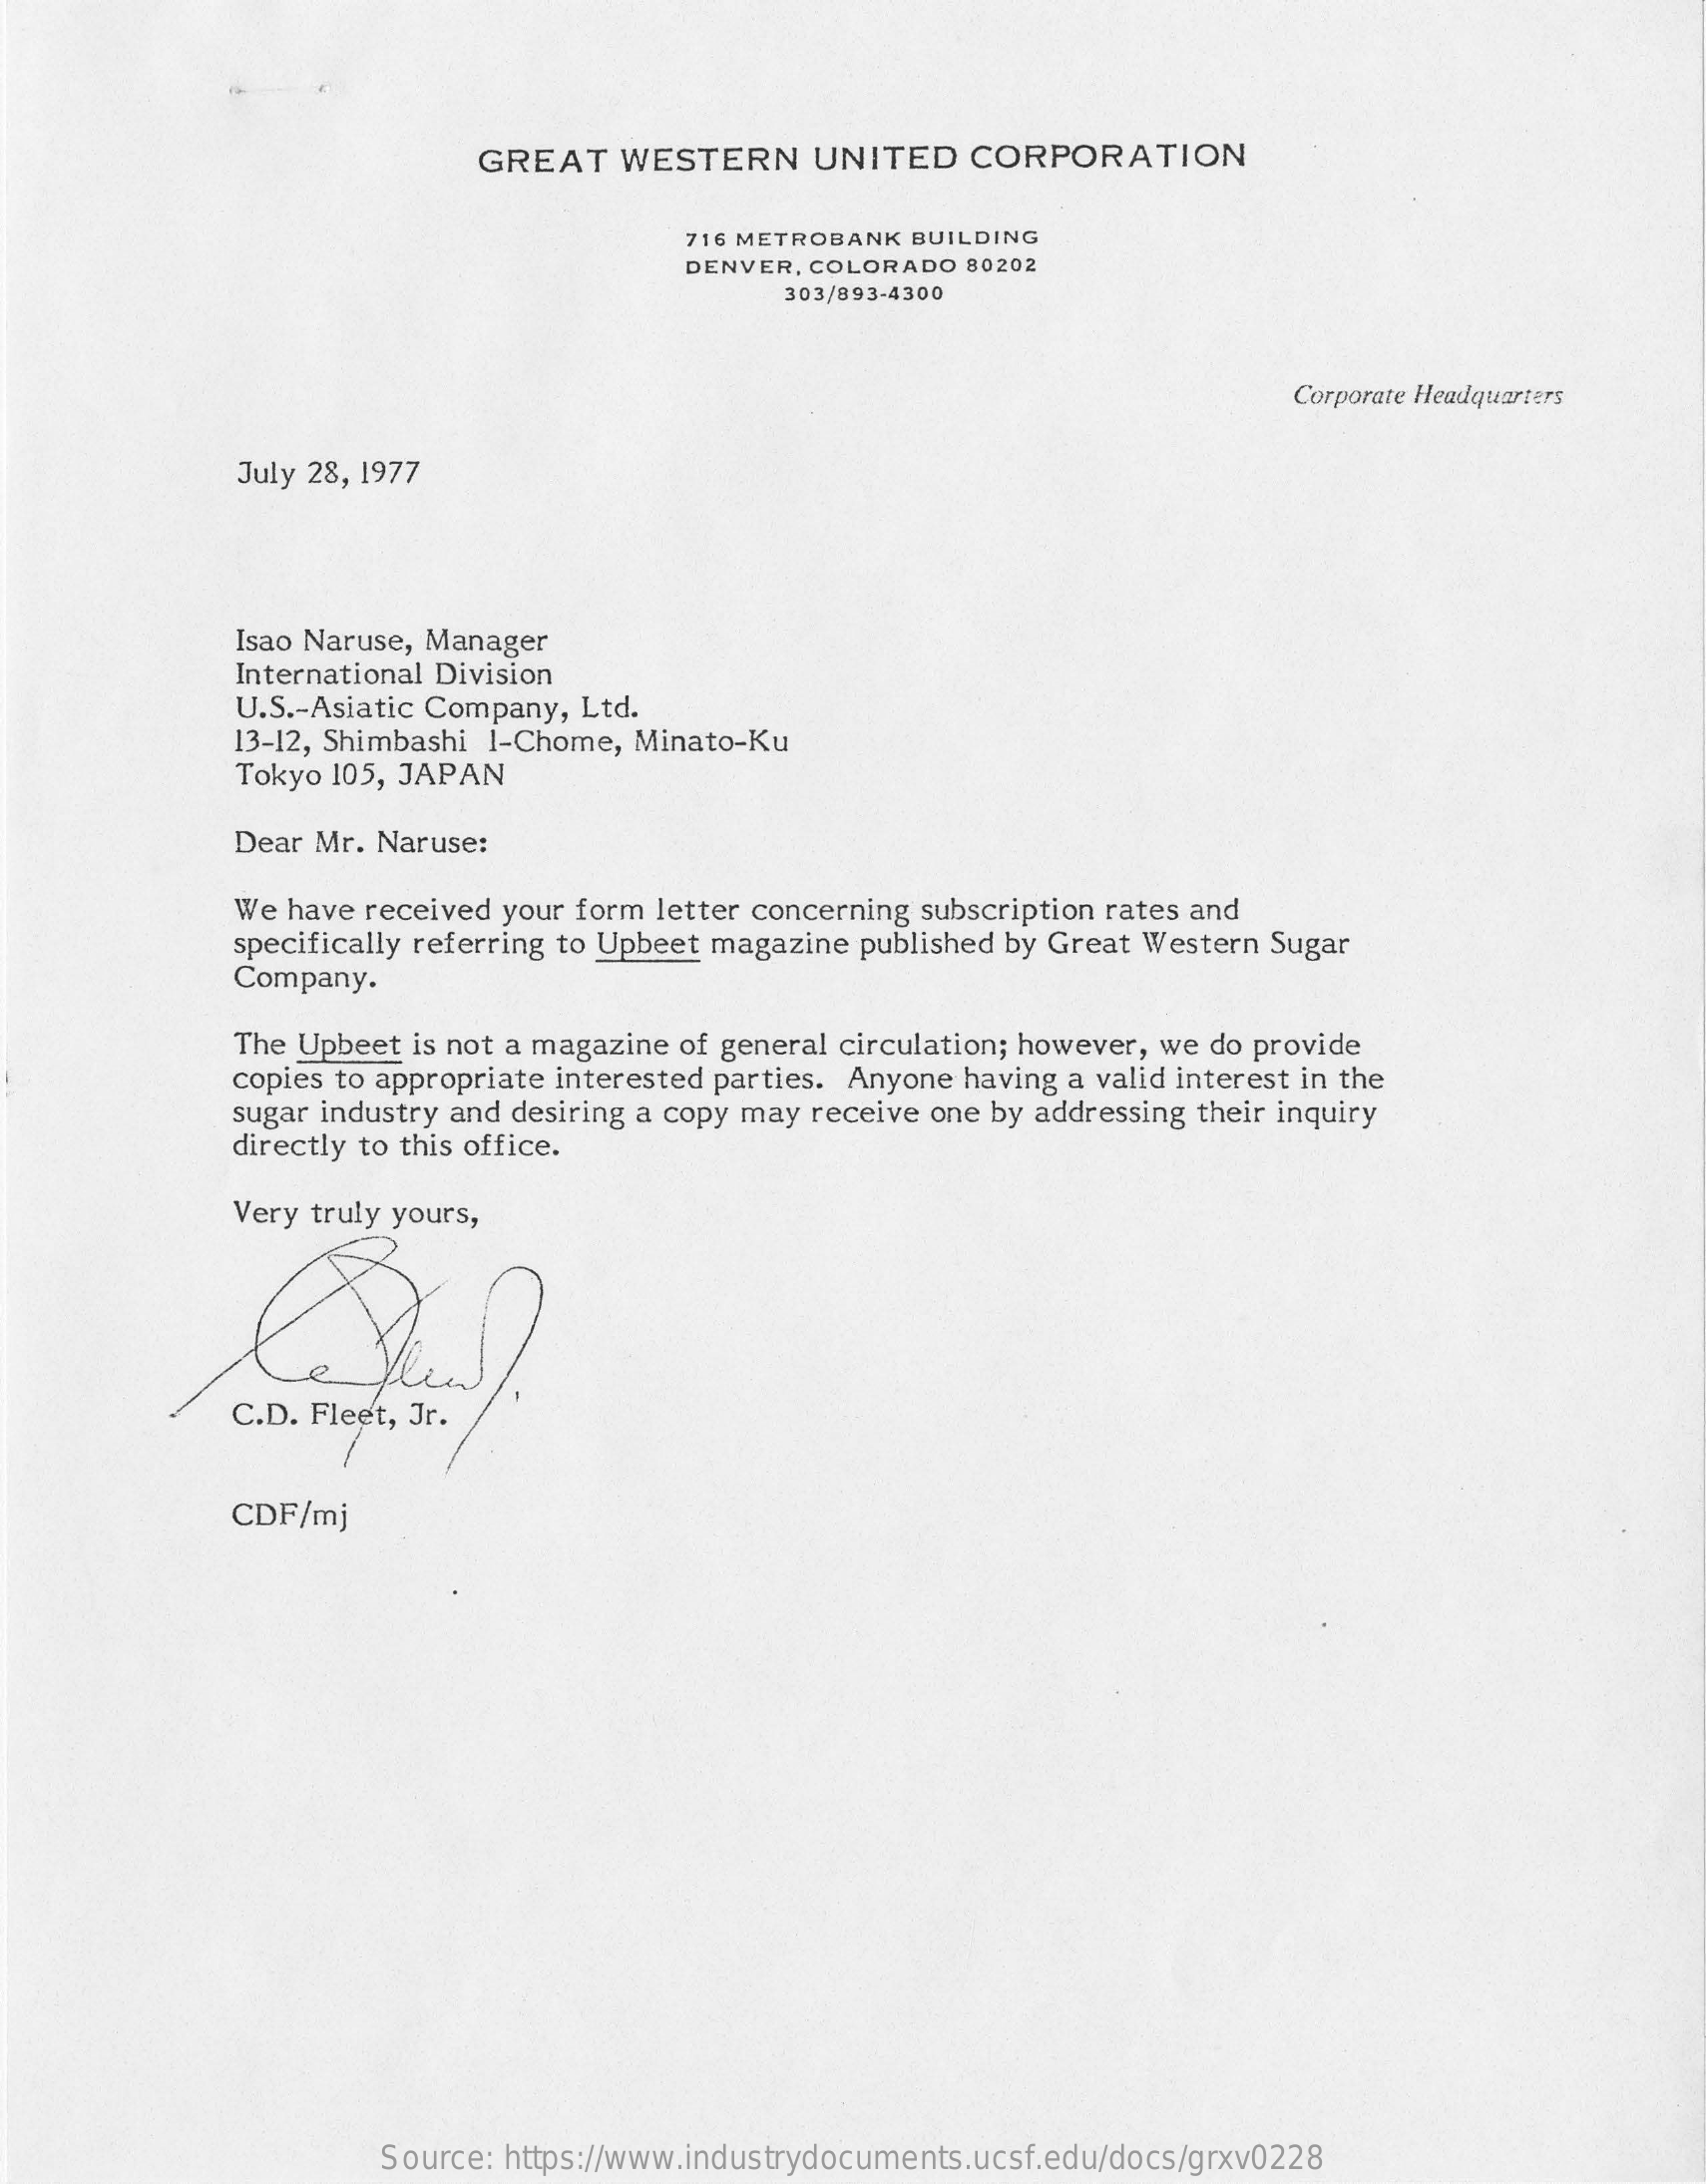
GREAT   WESTERN    UNITED   CORPORATION
     716 METROBANK BUILDING
     DENVER, COLORADO 80202
     303/893-4300
     Corporate Headquarters
     July 28, 1977
     Isao Naruse, Manager
     International Division
     U.S .- Asiatic Company, Ltd.
     13-12, Shimbashi I-Chome, Minato-Ku
     Tokyo 105, JAPAN
     Dear Mr. Naruse:
     We have received your form letter concerning subscription rates and
     specifically referring to Upbeet magazine published by Great Western Sugar
     Company.
     The Upbeet is not a magazine of general circulation; however, we do provide
     copies to appropriate interested parties. Anyone having a valid interest in the
     sugar industry and desiring a copy may receive one by addressing their inquiry
     directly to this office.
     Very truly yours,
     CDF/mj
     Source: https://www.industrydocuments.ucsf.edu/docs/grxv0228